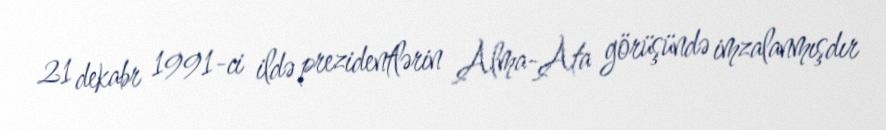
21 dekabr 1991-ci ildə prezidentlərin Alma-Ata görüşündə imzalanmışdır